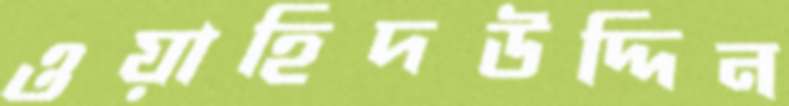
ওয়াহিদউদ্দিন